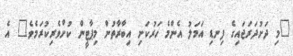
"މި ދަށުދަރަޖައިގެ ފިނޑި އަމަލު އެންމެ ހަރުކަށި އިބާރާތުން މިޕާޓީން ކުށްވެރިކުރަމެވެ" އެ